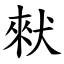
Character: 猌